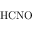
\mathrm { H C N O }